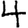
Digit: 4